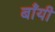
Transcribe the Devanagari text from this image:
बॉंयी